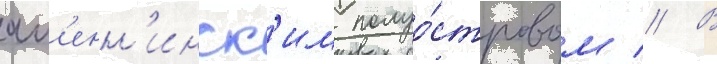
ап'енн'инск'им полуо́стровом // В